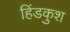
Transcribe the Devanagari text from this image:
हिंडकुश